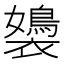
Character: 𧞡